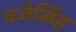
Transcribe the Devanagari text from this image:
वजेसिंह